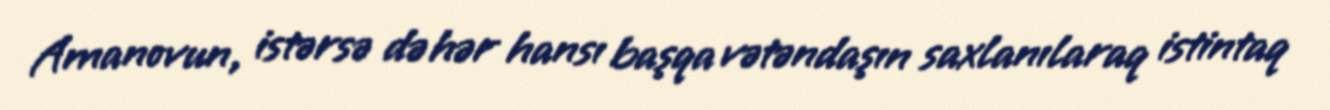
Amanovun, istərsə də hər hansı başqa vətəndaşın saxlanılaraq istintaq